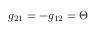
g _ { 2 1 } = - g _ { 1 2 } = \Theta